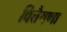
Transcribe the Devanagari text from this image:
वित्तैषणा